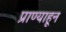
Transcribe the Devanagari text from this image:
प्राण्याहून